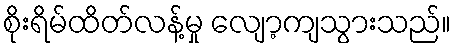
စိုးရိမ်ထိတ်လန့်မှု လျော့ကျသွားသည်။